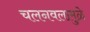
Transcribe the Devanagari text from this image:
चलनवलामुळे